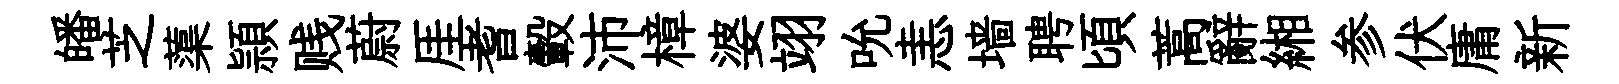
皤芝蕖頴贱蔚厓耆轂沛樟婆翊吮恚墙聘頃蒿辭緗参伏庸新